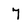
Character: 7